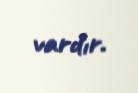
vardır.